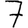
Digit: 7